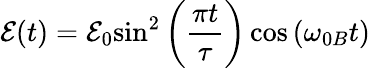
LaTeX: {\mathcal{E}}(t)={{\mathcal{E}}_{0}}{{\sin}^{2}}\left(\frac{\pi t}{\tau}\right)\cos\left({{\omega}_{0B}}t\right)